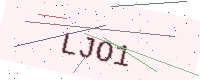
Text: LJO1